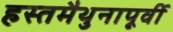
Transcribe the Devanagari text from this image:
हस्तमैथुनापूर्वी